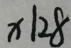
x \vert 2 8